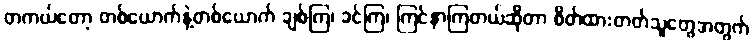
တကယ်တော့ တစ်ယောက်နဲ့တစ်ယောက် ချစ်ကြ၊ ခင်ကြ၊ ကြင်နာကြတယ်ဆိုတာ စိတ်ထားတတ်သူတွေအတွက်